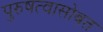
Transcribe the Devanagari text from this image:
पुरुषत्वासोबत